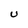
Character: U